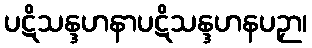
ပဋိသန္ဒဟနာပဋိသန္ဒဟနပဉှာ၊